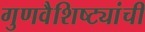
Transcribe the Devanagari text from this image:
गुणवैशिष्ट्यांची